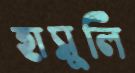
হাসুলি